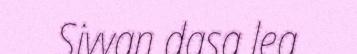
Sivvan dasa lea